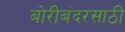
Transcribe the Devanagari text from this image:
बोरीबंदरसाठी